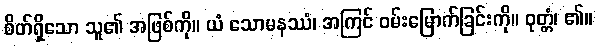
စိတ်ရှိသော သူ၏ အဖြစ်ကို။ ယံ သောမနဿံ၊ အကြင် ဝမ်းမြောက်ခြင်းကို။ ဝုတ္တံ၊ ၏။